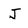
Character: J